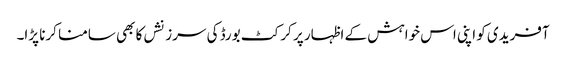
آفریدی کو اپنی اس خواہش کے اظہار پر کرکٹ بورڈ کی سرزنشں کا بھی سامنا کرنا پڑا۔